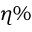
\eta \%